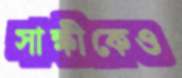
সাক্ষীকেও